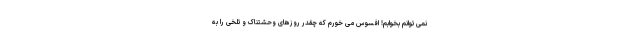
نمی توانم بخوابم! افسوس می خورم که چقدر روزهای وحشتناک و تلخی را به